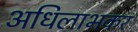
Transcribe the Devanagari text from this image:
अधिलाभकर